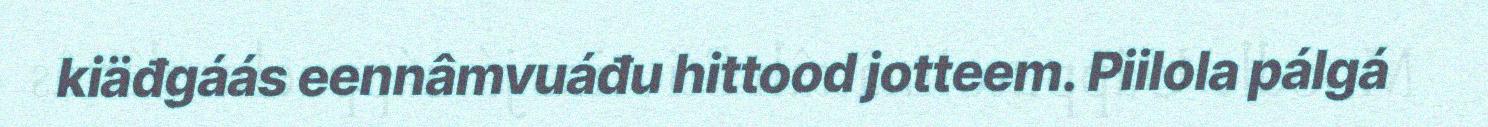
kiäđgáás eennâmvuáđu hittood jotteem. Piilola pálgá